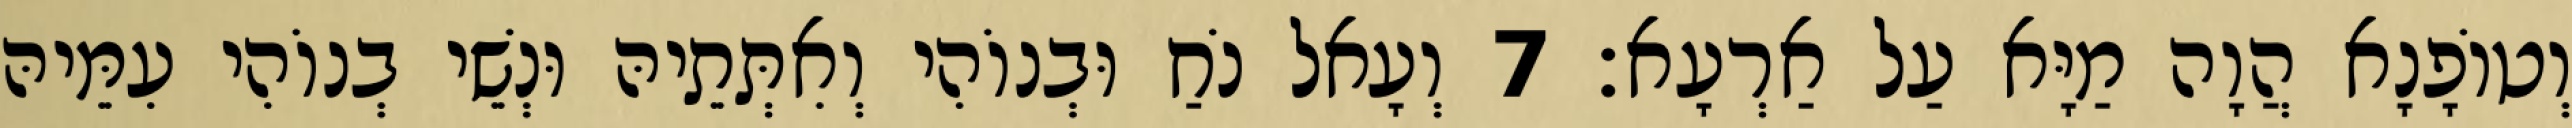
וְטוֹפָנָא הֲוָה מַיָּא עַל אַרְעָא׃ 7 וְעָאל נֹחַ וּבְנוֹהִי וְאִתְּתֵיהּ וּנְשֵׁי בְנוֹהִי עִמֵּיהּ